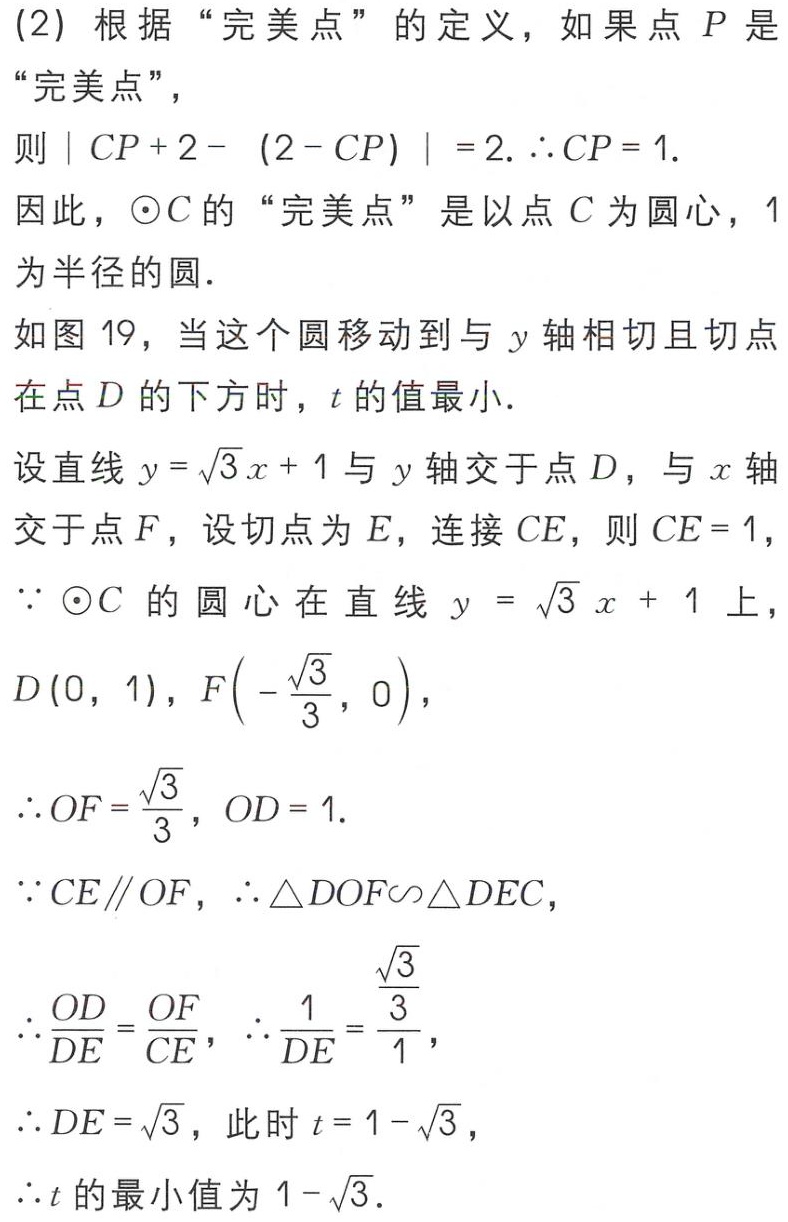
(2) 根据 “完美点” 的定义，如果点 \(P\) 是
“完美点”，
则 \(|CP + 2-(2 - CP)| = 2.\therefore CP = 1.\)
因此，\(\odot C\) 的 “完美点” 是以点 \(C\) 为圆心，\(1\)
为半径的圆.
如图 19，当这个圆移动到与 \(y\) 轴相切且切点
在点 \(D\) 的下方时，\(t\) 的值最小.
设直线 \(y = \sqrt{3}x + 1\) 与 \(y\) 轴交于点 \(D\)，与 \(x\) 轴
交于点 \(F\)，设切点为 \(E\)，连接 \(CE\)，则 \(CE = 1\)，
\(\because\odot C\) 的圆心在直线 \(y = \sqrt{3}x + 1\) 上，
\(D(0,1)\)，\(F\left(-\frac{\sqrt{3}}{3},0\right)\)，
\(\therefore OF=\frac{\sqrt{3}}{3}\)，\(OD = 1.\)
\(\because CE\parallel OF\)，\(\therefore\triangle DOF\sim\triangle DEC\)，
\(\therefore\frac{OD}{DE}=\frac{OF}{CE}\)，\(\therefore\frac{1}{DE}=\frac{\frac{\sqrt{3}}{3}}{1}\)，
\(\therefore DE=\sqrt{3}\)，此时 \(t = 1-\sqrt{3}\)，
\(\therefore t\) 的最小值为 \(1-\sqrt{3}\).